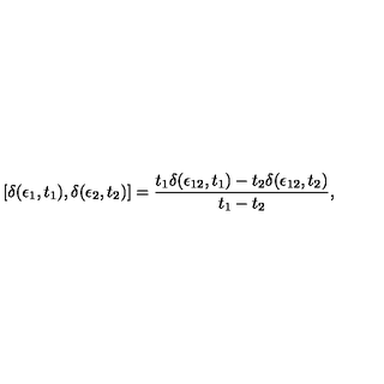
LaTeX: [ \delta ( \epsilon _ { 1 } , t _ { 1 } ) , \delta ( \epsilon _ { 2 } , t _ { 2 } ) ] = { \frac { t _ { 1 } \delta ( \epsilon _ { 1 2 } , t _ { 1 } ) - t _ { 2 } \delta ( \epsilon _ { 1 2 } , t _ { 2 } ) } { t _ { 1 } - t _ { 2 } } } ,